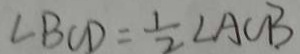
\angle B C D = \frac { 1 } { 2 } \angle A C B